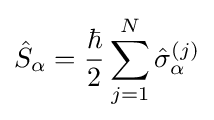
{\hat {S}}_{\alpha }={\frac {\hbar }{2}}\sum _{j=1}^{N}{\hat {\sigma }}_{\alpha }^{(j)}